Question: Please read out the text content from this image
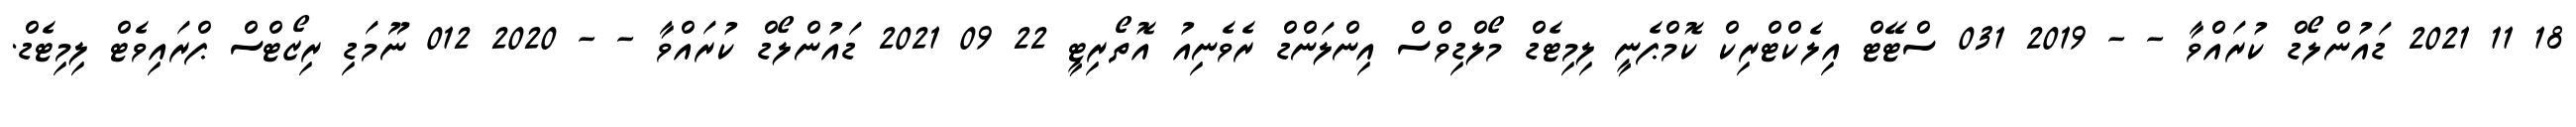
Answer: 18 11 2021 ޑައުންލޯޑް ކުރައްވާ - - 2019 031 ސްޓޭޓް އިލެކްޓްރިކް ކޮމްޕެނީ ލިމިޓެޑް މޯލްޑިވްސް އިންލަންޑް ރެވެނިއު އޮތޯރިޓީ 22 09 2021 ޑައުންލޯޑް ކުރައްވާ - - 2020 012 ނޫމަޑި ރިޒޯޓްސް ޕްރައިވެޓް ލިމިޓެޑް.